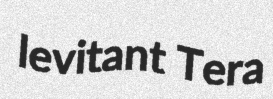
levitant Tera